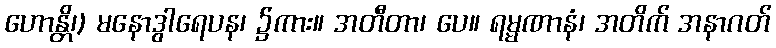
ဟောန္တိ၊) မနောဒွါရေပန၊ ၌ကား။ အတီတာ၊ ပေ။ ရမ္မဏာနံ၊ အတိက် အနာဂတ်